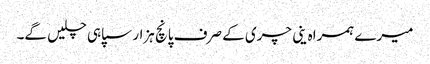
میرے ہمراہ ینی چری کے صرف پانچ ہزار سپاہی چلیں گے۔